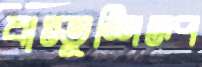
বাস্তুশিল্প